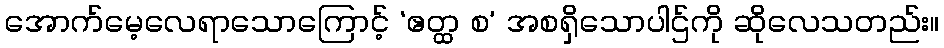
အောက်မေ့လေရာသောကြောင့် ‘ဧတ္ထ စ’ အစရှိသောပါဌ်ကို ဆိုလေသတည်း။